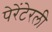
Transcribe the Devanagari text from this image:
पेरेंटेरली